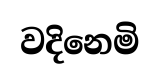
වදිනෙමි